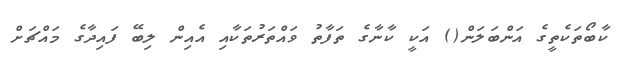
ކާބޯތަކެތީގެ އަންބަލަން() އަކީ ކާނާގެ ތަފާތު ވައްތަރުތަކާއި އެއިން ލިބޭ ފައިދާގެ މައްޗަށް